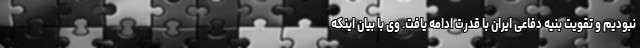
نبودیم و تقویت بنیه دفاعی ایران با قدرت ادامه یافت. وی با بیان اینکه